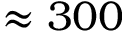
\approx 3 0 0